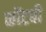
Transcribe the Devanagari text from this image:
कोंटबी